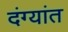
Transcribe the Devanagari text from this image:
दंग्यांत